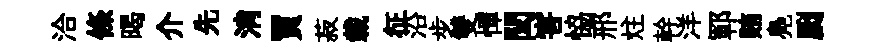
洽條暍介先消買菽載征沿步雙憚閏害恊邢炷幹洋鄆賄鳧劂